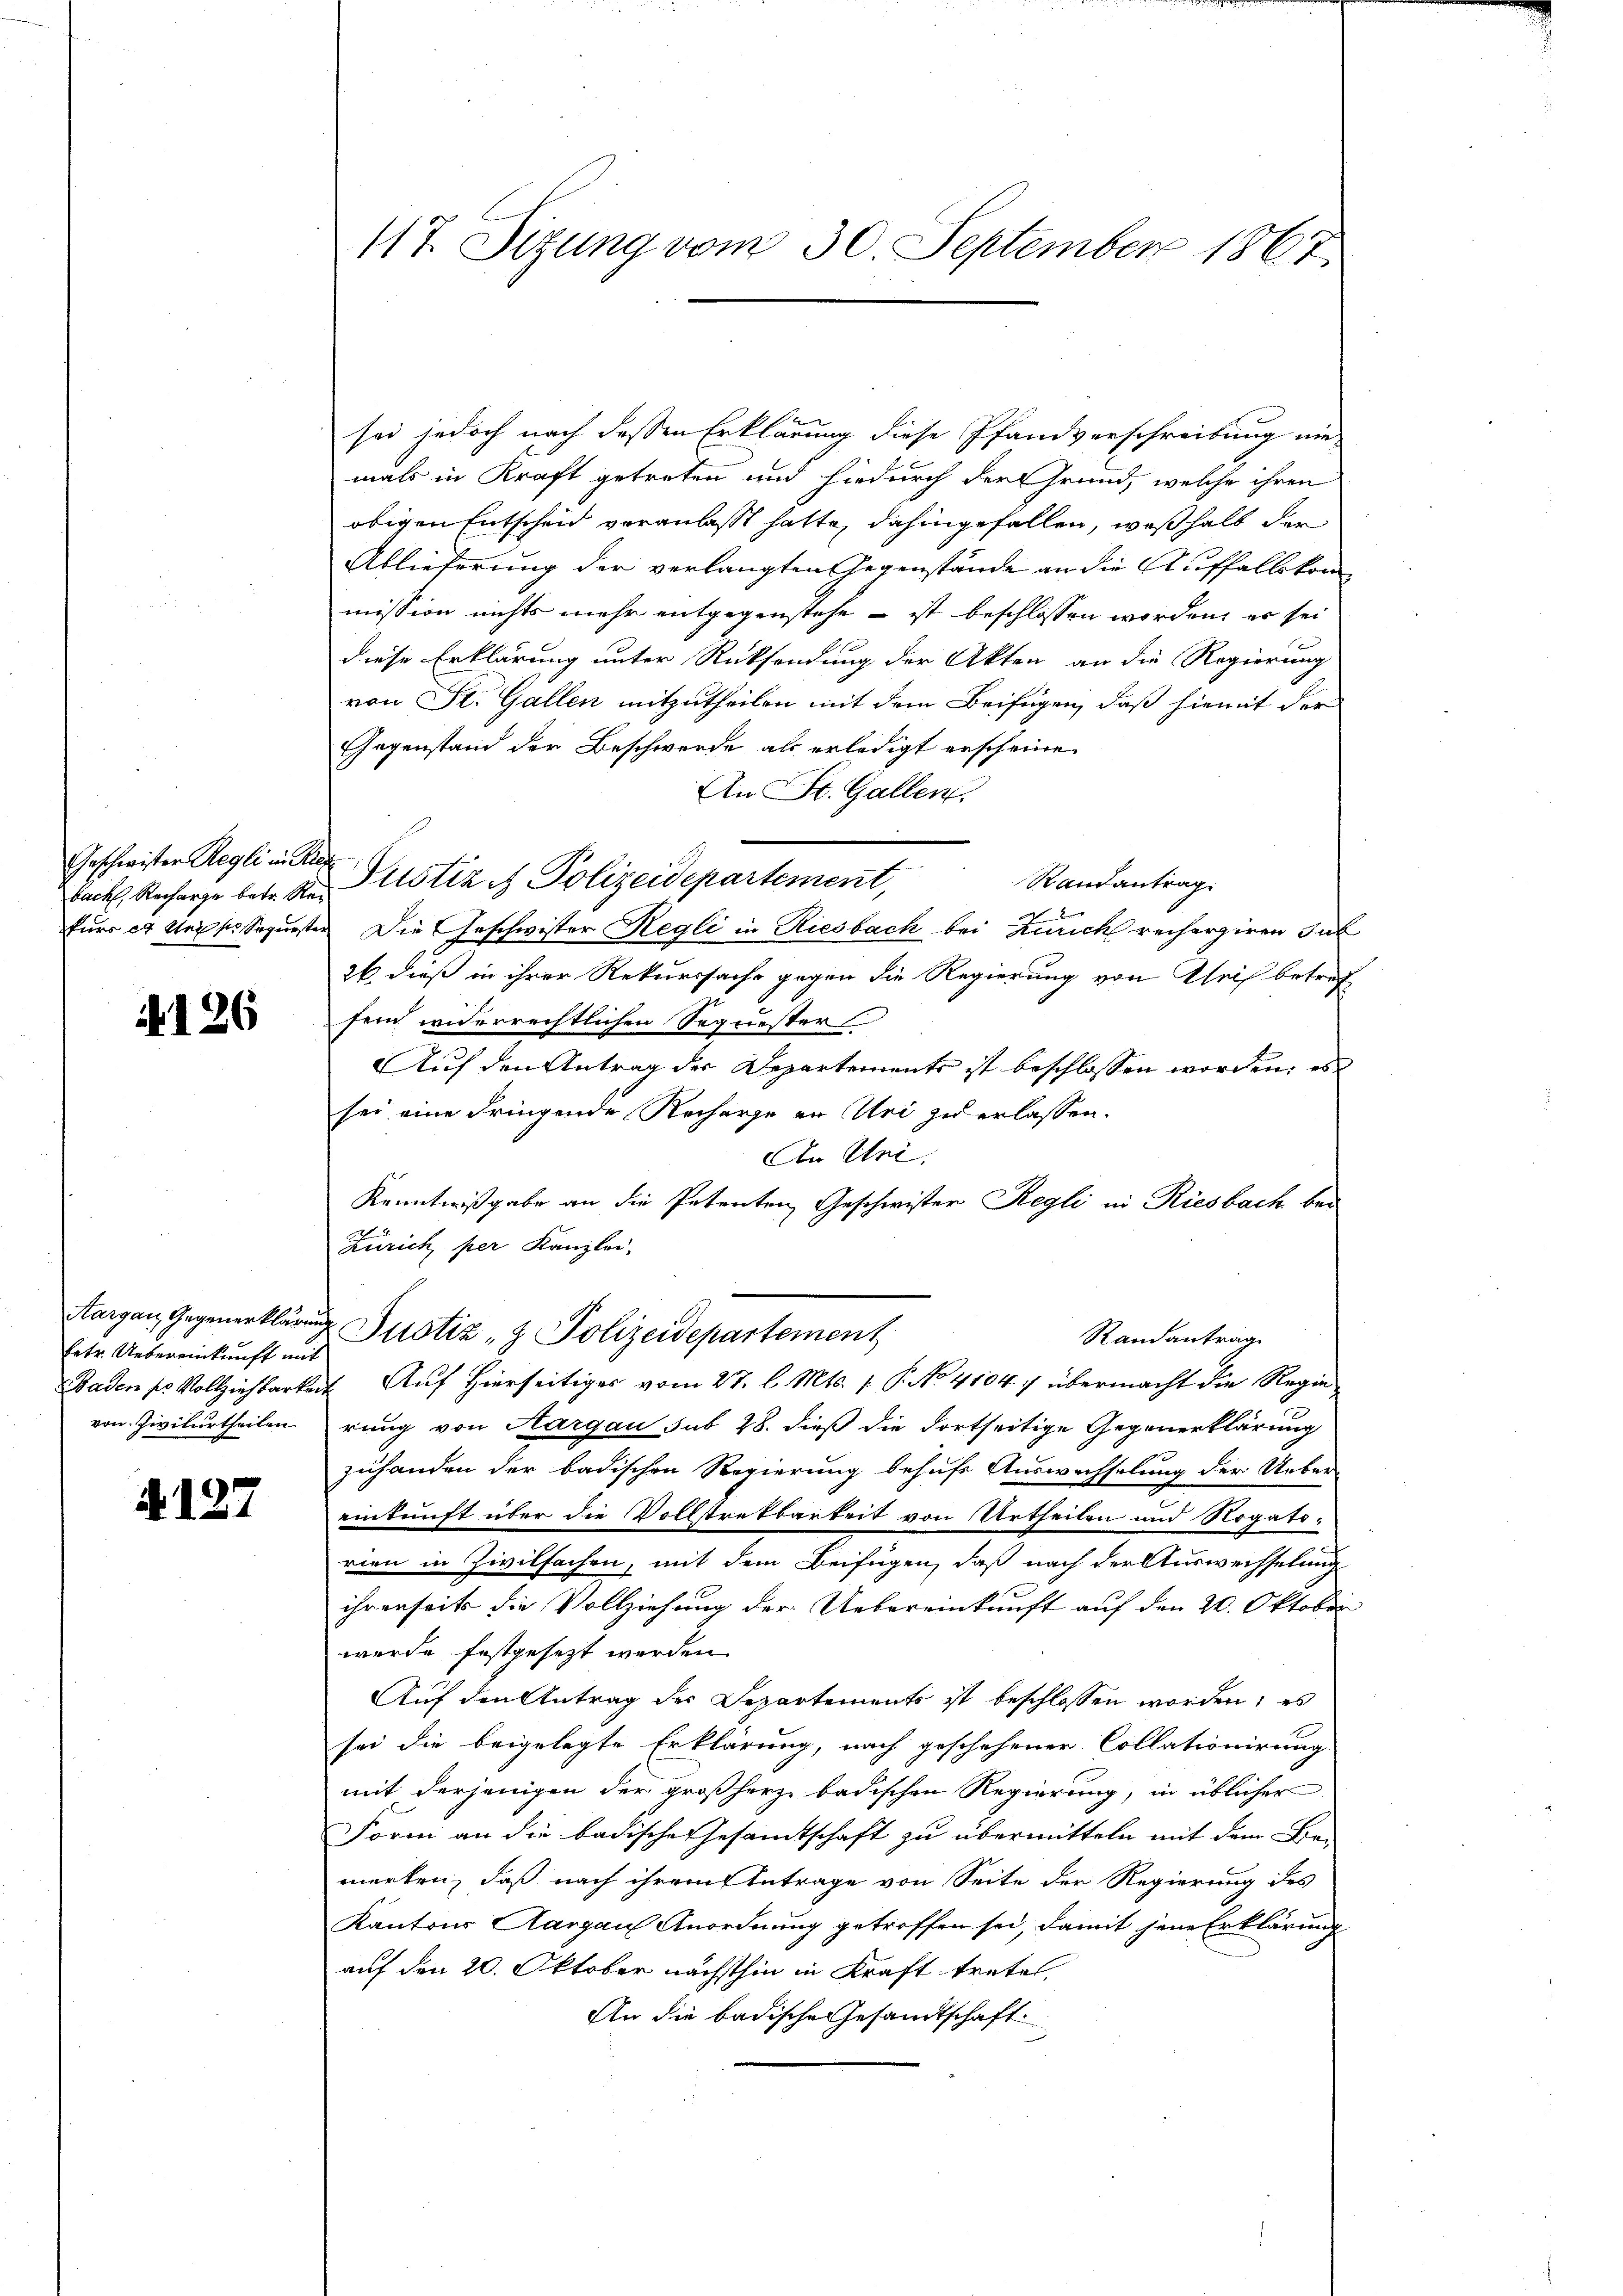
Geschwister Regli in Rich

126

Eetr. Uebereinkunft mit
von Zivilurtheilen

A127

sei jedoch nach dessen Erklärung diese Pfandverschreibung nie
mals in Kraft getreten und hiedurch der Grund, welche ihren
obigen Entscheid voranlasst hatte, dahingefallen, weßhalb der
Ablieferung der verlangten Gegenstände an die Auffallskom
mission nichts mehr entgegenstehe – ist beschlossen worden, es sei
diese Erklärung unter Rücksendung der Akten an die Regierung
von St. Gallen mitzutheilen mit dem Beifügen, daß hiemit der
Gegenstand der Beschwerde als erledigt erscheine
An St. Gallen.
Randantrag
Packl, Recharge betr. R. Pitstiz & Polizeidepartement,

fürs et leits Sequester Die Geschwister Regli in Riesbach bei Zürich recherzieren Jul
26. dieß in ihrer Rekurrsache gegen die Regierung von Gleis betref
sein widerrechtlichen Sequester
Auf den Antrag der Departements ist beschlossen worden, es
sei eine dringende Recharge in Uri zu erlassen.
An Uri.
Kenntnißgabe an die Petenten Geschwister Regli in Riesbach bei
Zürich per Kanzlei-
Aargau, Gegenerklärung Justiz- & Polizeidepartement
Randantrag
Baden sr Vollziehbarkeit. Auf Hierseitiges vom 27. l. Mts. f. P. No 41047 übermacht die Regie
rung von Aargau sub 28. dieß die dortseitige Gegenerklärung
zuhanden der badischen Regierung behufs Auswechselung der Ueber-
einkunft über die Vollstretbarkeit von Urtheilen und Rogatorien in Zivilfachen, mit dem Beifügen, daß nach der Auswechselung
ihrerseits die Vollziehung der Uebereinkunft auf den 20. Oktober
wurde festgesezt werden.
Auf den Antrag des Departements ist beschlossen worden; es
sei die beigelegte Erklärung, nach geschehener Collationirung
mit derjenigen der großherz badischen Regierung, in üblicher
Form an die badische Gesamtschaft zu übermitteln mit dem Be-
merken, daß nach ihrem Antrage von Seite der Regierung des
Kantons Aargau Anordnung getroffen sei, damit jene Erklärung
auf den 20. Oktober nächsthin in Kraft treten,
An die badische Gesandtschaft.

117. Sizung vom 30. September 1867